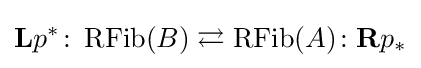
\mathbf {L} p^{*}\colon \operatorname {RFib} (B)\rightleftarrows \operatorname {RFib} (A)\colon \mathbf {R} p_{*}